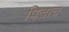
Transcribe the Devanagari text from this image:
पिताच